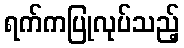
ရက်ကပြုလုပ်သည့်